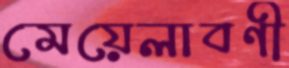
মেয়েলাবণী